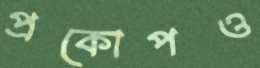
প্রকোপও